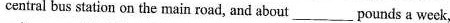
central bus station on the main road, and about pounds a week,